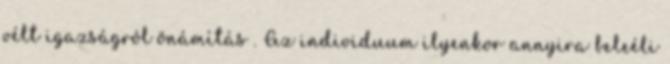
vélt igazságról önámítás . Az individuum ilyenkor annyira beleéli